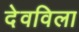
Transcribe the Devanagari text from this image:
देवविला